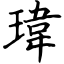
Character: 瑋